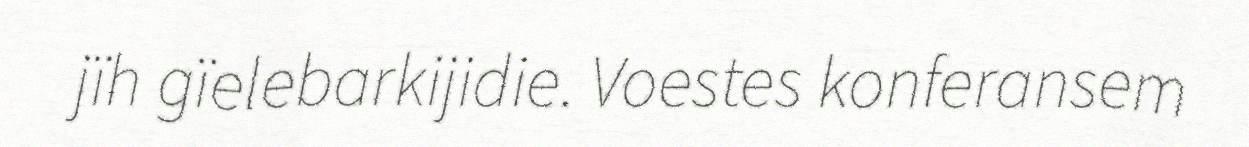
jïh gïelebarkijidie. Voestes konferansem